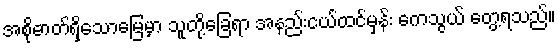
အစိုဓာတ်ရှိသောမြေမှာ သူတို့ခြေရာ အနည်းငယ်ထင်မှန်း ကေသွယ် တွေ့ရသည်။